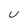
Character: U